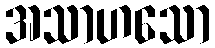
အသာဟသော